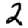
Digit: 2